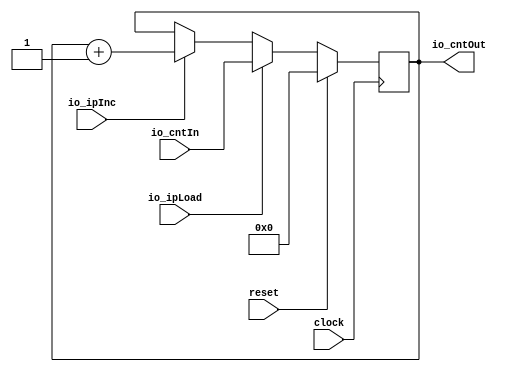
module InstructionPointer(
  input        clock,
  input        reset,
  input        io_ipLoad,
  input        io_ipInc,
  input  [7:0] io_cntIn,
  output [7:0] io_cntOut
);
`ifdef RANDOMIZE_REG_INIT
  reg [31:0] _RAND_0;
`endif // RANDOMIZE_REG_INIT
  reg [7:0] cntReg; // @[InstructionPointer.scala 10:23]
  wire [7:0] _cntReg_T_1 = cntReg + 8'h1; // @[InstructionPointer.scala 13:22]
  assign io_cntOut = cntReg; // @[InstructionPointer.scala 20:13]
  always @(posedge clock) begin
    if (reset) begin // @[InstructionPointer.scala 10:23]
      cntReg <= 8'h0; // @[InstructionPointer.scala 10:23]
    end else if (io_ipLoad) begin // @[InstructionPointer.scala 16:20]
      cntReg <= io_cntIn; // @[InstructionPointer.scala 17:12]
    end else if (io_ipInc) begin // @[InstructionPointer.scala 12:19]
      cntReg <= _cntReg_T_1; // @[InstructionPointer.scala 13:12]
    end
  end
// Register and memory initialization
`ifdef RANDOMIZE_GARBAGE_ASSIGN
`define RANDOMIZE
`endif
`ifdef RANDOMIZE_INVALID_ASSIGN
`define RANDOMIZE
`endif
`ifdef RANDOMIZE_REG_INIT
`define RANDOMIZE
`endif
`ifdef RANDOMIZE_MEM_INIT
`define RANDOMIZE
`endif
`ifndef RANDOM
`define RANDOM $random
`endif
`ifdef RANDOMIZE_MEM_INIT
  integer initvar;
`endif
`ifndef SYNTHESIS
`ifdef FIRRTL_BEFORE_INITIAL
`FIRRTL_BEFORE_INITIAL
`endif
initial begin
  `ifdef RANDOMIZE
    `ifdef INIT_RANDOM
      `INIT_RANDOM
    `endif
    `ifndef VERILATOR
      `ifdef RANDOMIZE_DELAY
        #`RANDOMIZE_DELAY begin end
      `else
        #0.002 begin end
      `endif
    `endif
`ifdef RANDOMIZE_REG_INIT
  _RAND_0 = {1{`RANDOM}};
  cntReg = _RAND_0[7:0];
`endif // RANDOMIZE_REG_INIT
  `endif // RANDOMIZE
end // initial
`ifdef FIRRTL_AFTER_INITIAL
`FIRRTL_AFTER_INITIAL
`endif
`endif // SYNTHESIS
endmodule